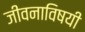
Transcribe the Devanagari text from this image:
जीवनाविषयी